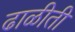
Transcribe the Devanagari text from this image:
ढाळीती